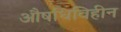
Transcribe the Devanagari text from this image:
औषधिविहीन